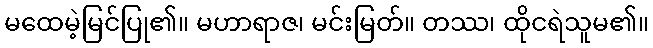
မထေမဲ့မြင်ပြု၏။ မဟာရာဇ၊ မင်းမြတ်။ တဿ၊ ထိုငရဲသူမ၏။